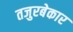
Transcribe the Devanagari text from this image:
तजुरबेकार